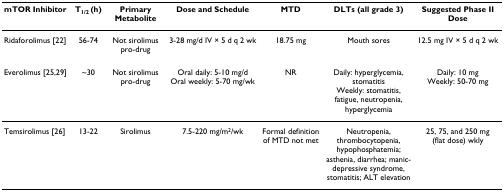
<table><thead><tr><td><b>mTOR Inhibitor</b></td><td><b>T<sub>1/2 </sub>(h)</b></td><td><b>Primary Metabolite</b></td><td><b>Dose and Schedule</b></td><td><b>MTD</b></td><td><b>DLTs (all grade 3)</b></td><td><b>Suggested Phase II Dose</b></td></tr></thead><tbody><tr><td>Ridaforolimus [22]</td><td>56-74</td><td>Not sirolimus pro-drug</td><td>3-28 mg/d IV × 5 d q 2 wk</td><td>18.75 mg</td><td>Mouth sores</td><td>12.5 mg IV × 5 d q 2 wk</td></tr><tr><td>Everolimus [25,29]</td><td>~30</td><td>Not sirolimus pro-drug</td><td>Oral daily: 5-10 mg/dOral weekly: 5-70 mg/wk</td><td>NR</td><td>Daily: hyperglycemia, stomatitisWeekly: stomatitis, fatigue, neutropenia, hyperglycemia</td><td>Daily: 10 mgWeekly: 50-70 mg</td></tr><tr><td>Temsirolimus [26]</td><td>13-22</td><td>Sirolimus</td><td>7.5-220 mg/m<sup>2</sup>/wk</td><td>Formal definition of MTD not met</td><td>Neutropenia, thrombocytopenia, hypophosphatemia; asthenia, diarrhea; manic-depressive syndrome, stomatitis; ALT elevation</td><td>25, 75, and 250 mg (flat dose) wkly</td></tr></tbody></table>